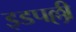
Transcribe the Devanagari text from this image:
इडपल्ली